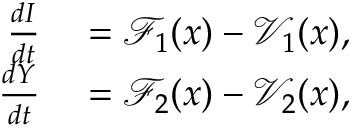
\begin{array} { r l } { \frac { d I } { d t } } & { { } = \mathcal { F } _ { 1 } ( x ) - \mathcal { V } _ { 1 } ( x ) , } \\ { \frac { d Y } { d t } } & { { } = \mathcal { F } _ { 2 } ( x ) - \mathcal { V } _ { 2 } ( x ) , } \end{array}